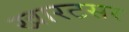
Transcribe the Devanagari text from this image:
खारटसर